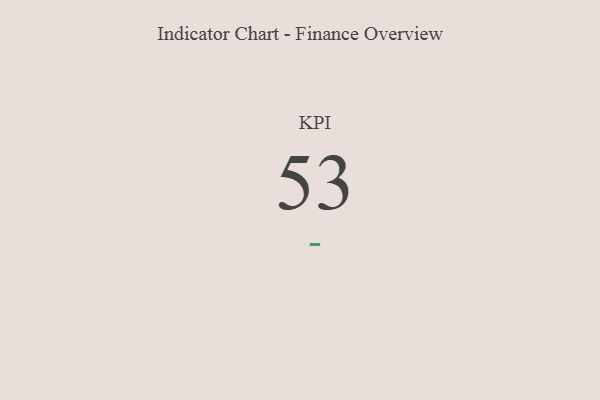
{"axis": {"x": "KPI", "y": "Value"}, "legend": [""], "data": [{"x": "KPI", "y": 53, "type": ""}]}